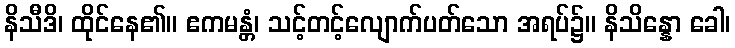
နိသီဒိ၊ ထိုင်နေ၏။ ဧကမန္တံ၊ သင့်တင့်လျောက်ပတ်သော အရပ်၌။ နိသိန္နော ခေါ၊